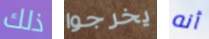
ذلك يخرجوا أنه